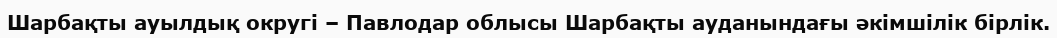
Шарбақты ауылдық округі – Павлодар облысы Шарбақты ауданындағы әкімшілік бірлік.